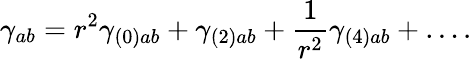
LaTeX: \gamma_{ab}=r^{2}\gamma_{(0)ab}+\gamma_{(2)ab}+\frac{1}{r^{2}}\gamma_{(4)ab}+\ldots.